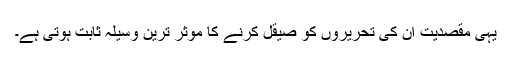
یہی مقصدیت ان کی تحریروں کو صیقل کرنے کا موثر ترین وسیلہ ثابت ہوتی ہے۔